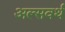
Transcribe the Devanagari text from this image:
अल्सवर्थ